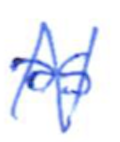
Text: as
Cross-out: zig-zag
Writing tool: ballpoint